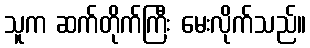
သူက ဆက်တိုက်ကြီး မေးလိုက်သည်။